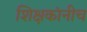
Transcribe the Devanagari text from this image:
शिक्षकांनीच